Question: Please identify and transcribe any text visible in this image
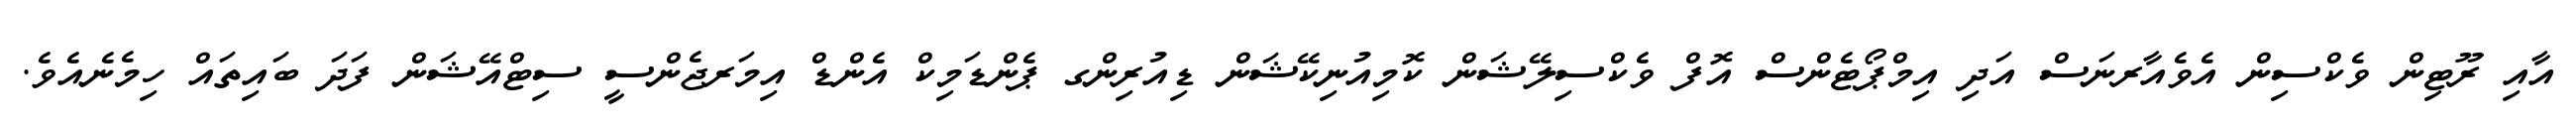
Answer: އާއި ރޫޓިން ވެކްސިން އެވެއާރނަސް އަދި އިމްޕޯޓެންސް އޮފް ވެކްސިލޭޝަން ކޮމިއުނިކޭޝަން ޑިއުރިންގ ޕެންޑަމިކް އެންޑް އިމަރޖެންސީ ސިޓްއޭޝަން ފަދަ ބައިތައް ހިމެނެއެވެ.